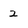
Character: 2